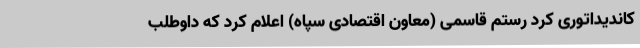
کاندیداتوری کرد رستم قاسمی (معاون اقتصادی سپاه) اعلام کرد که داوطلب